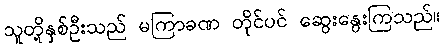
သူတို့နှစ်ဦးသည် မကြာခဏ တိုင်ပင် ဆွေးနွေးကြသည်။